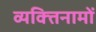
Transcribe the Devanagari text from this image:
व्यक्‍तिनामों